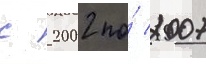
с 2002 по́ 2007